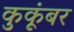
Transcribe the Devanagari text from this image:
कुकूंबर